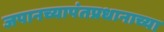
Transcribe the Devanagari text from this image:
जपानच्यापंतप्रधानाच्या